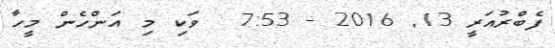
ފެބްރުއަރީ 13